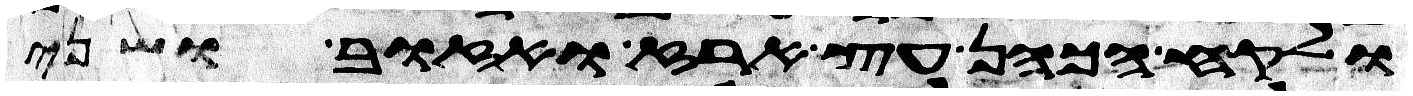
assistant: ולקח הכהן עץ ארז ואזוב ושני